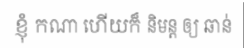
ខ្ញុំ កណា ហើយក៏ និមន្ត ឲ្យ ឆាន់